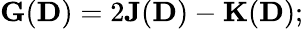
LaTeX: {\displaystyle{\mathbf G}({\mathbf D})=2{\mathbf J}({\mathbf D})-{\mathbf K}({\mathbf D})};